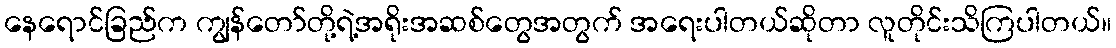
နေရောင်ခြည်က ကျွန်တော်တို့ရဲ့အရိုးအဆစ်တွေအတွက် အရေးပါတယ်ဆိုတာ လူတိုင်းသိကြပါတယ်။